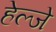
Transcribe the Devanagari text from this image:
हेल्जे